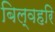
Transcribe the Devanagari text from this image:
बिल्वहरि